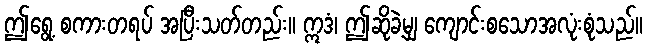
ဤရွေ့ စကားတရပ် အပြီးသတ်တည်း။ ဣဒံ၊ ဤဆိုခဲ့မျှ ကျောင်းစသောအလုံးစုံသည်။